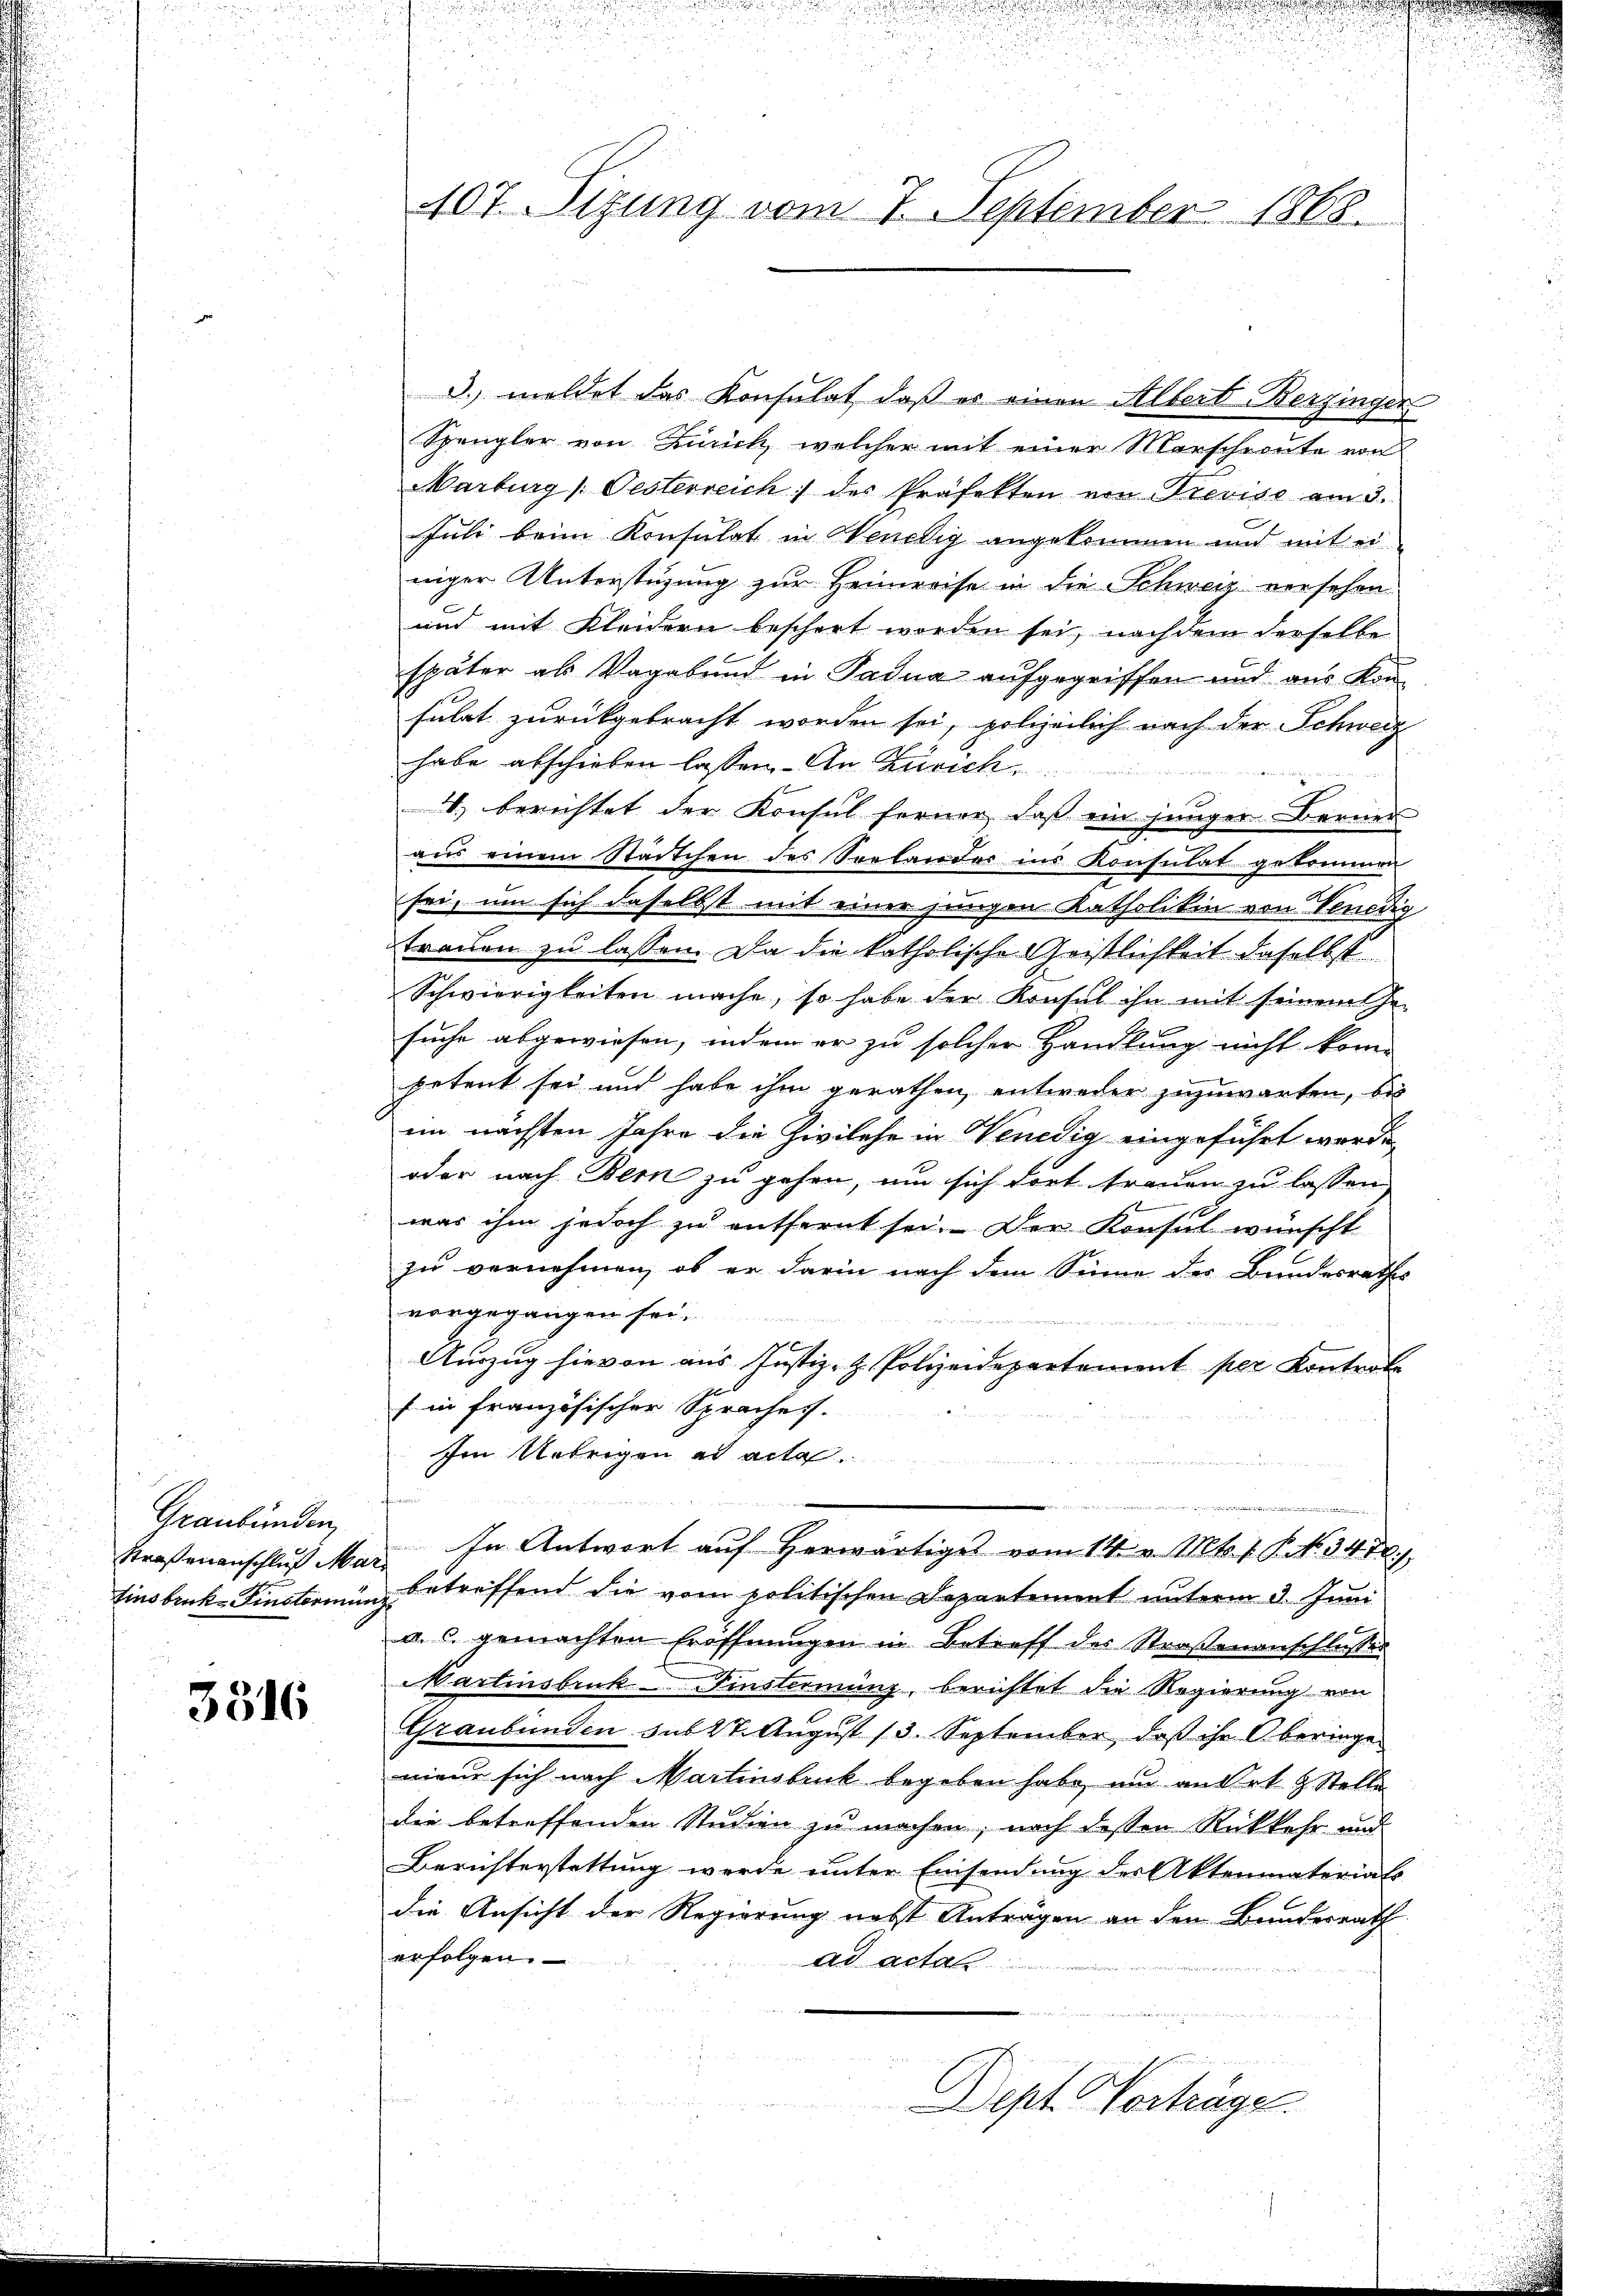
Graubünden,

3316

3. meldet das Konsulat, daß er einen Albert-Berzingen
Spengler von Zürich, welcher mit einer Marschroute von
Marburg / Oesterreich) des Präfekten von Trevise am 3.
Juli beim Konsulat in Wendig angekommen und mit ei
niger Unterstüzung zur Heimreise in die Schweiz verschen
und mit Kleidern beschert worden sei, nachdem derselbe
später als Vagabund in Padua aufgegriffen und aus kon
sulat zurückgebracht worden sei, polizeilich nach der Schweiz
habe abschieben lassen. An Zürich
.) berichtet der Konsul ferner, daß ein jünger Berner
aus einem Städtchen des Seelander ins Konsulat gekommen
sei, um sich daselbst mit einer jungen Katholitin von Venedig
trauen zu lassen. Da die katholische Geistlichkeit daselbst
Schwierigkeiten mache, so habe der Konsul ihn mit seinem Ge-
suche abgewiesen, indem er zu solcher Handlung nicht kom
petent sei und habe ihm gerathen, entweder zuzuwarten, bis
im nächsten Jahre die Zivilehe in Venedig eingeführt werde,
oder nach Bern zu gehen, um sich dort trauen zu lassen.
was ihm jedoch zu entfernt sei. Der Konsul wünscht
zu vernehmen, ob er darin nach dem Sinne der Bundesrathes
vorgegangen sei.
Auszug hievon aus Justiz- & Polizeidepartement per Kontrole
Ein französischer Spraches.
Im Uebrigen ad acta
u
Bern
Straßenanschlŭβ Mar. In Antwort aŭf herwärtiges vom 14. v. Mts. f. P. Nr. 347.
Tinsbruck-Finstorium, betreffend die vom politischen Departement unterm 3. Juni
a. c. gemachten Eröffnungen in Betreff des Straßenanschlußes
Martinsbruk- Finsterming, berichtet die Regierung von
Graubünden sub 27. August 13. September, daß ihr Oberinge
nieur sich nach Martinsbruk begeben habe, und an Ort & Stelle
die betreffenden Studien zu machen, noch dessen Rückkehr und
Berichterstattung werde unter Einsendung der Aktenmaterials
die Ansicht der Regierung nebst Anträgen an den Bundesrath
erfolgen.
ad actan
Dept Vorträge

407. Sizung vom 7. September 1863.